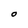
Character: O